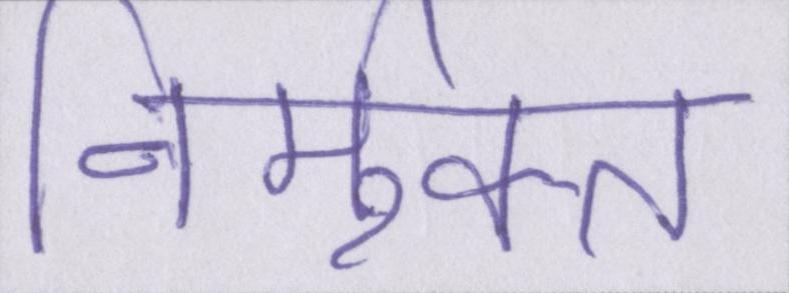
निर्मुक्त